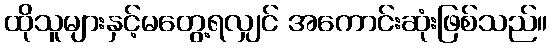
ထိုသူများနှင့်မတွေ့ရလျှင် အကောင်းဆုံးဖြစ်သည်။